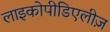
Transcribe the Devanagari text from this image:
लाइकोपीडिएलीज़